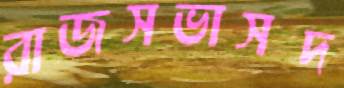
রাজসভাসদ